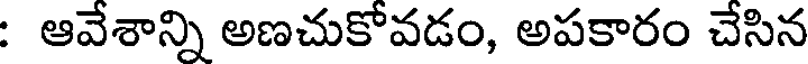
: ఆవేశాన్ని అణచుకోవడం, అపకారం చేసిన